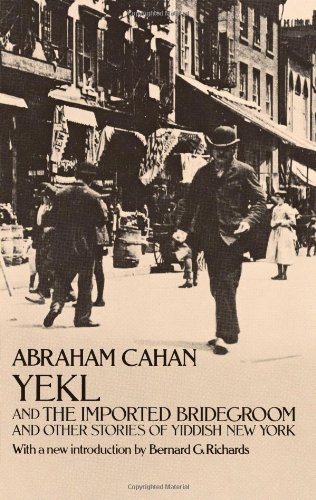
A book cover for Yekl and the Imported Bridegroom and Other Stories of Yiddish New York; Abraham Cahan; Literature & Fiction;